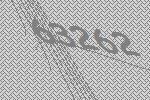
63262